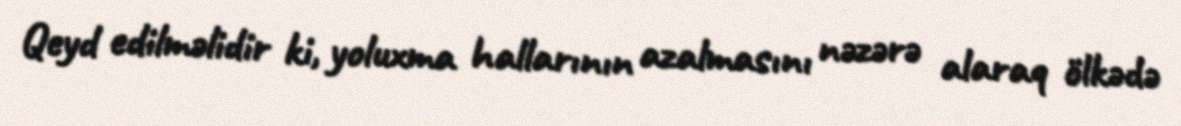
Qeyd edilməlidir ki, yoluxma hallarının azalmasını nəzərə alaraq ölkədə